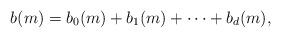
LaTeX: \begin{align*}b(m) = b_0(m) + b_1(m) + \dotsb + b_d(m),\end{align*}